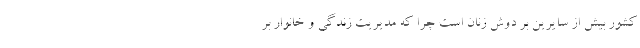
کشور بیش از سایرین بر دوش زنان است چرا که مدیریت زندگی و خانوار بر